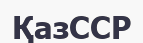
ҚазССР